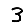
Digit: 3